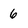
Character: 6